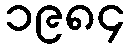
၁၉၈၄